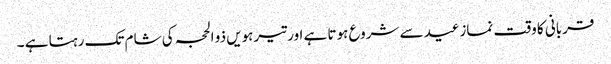
قربانی کا وقت نمازعید سے شروع ہوتا ہے اور تیرہویں ذو الحجہ کی شام تک رہتا ہے ۔